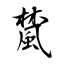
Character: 檒